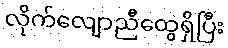
လိုက်လျောညီထွေရှိပြီး